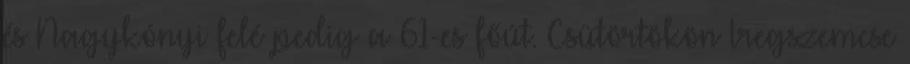
és Nagykónyi felé pedig a 61-es főút. Csütörtökön Iregszemcse